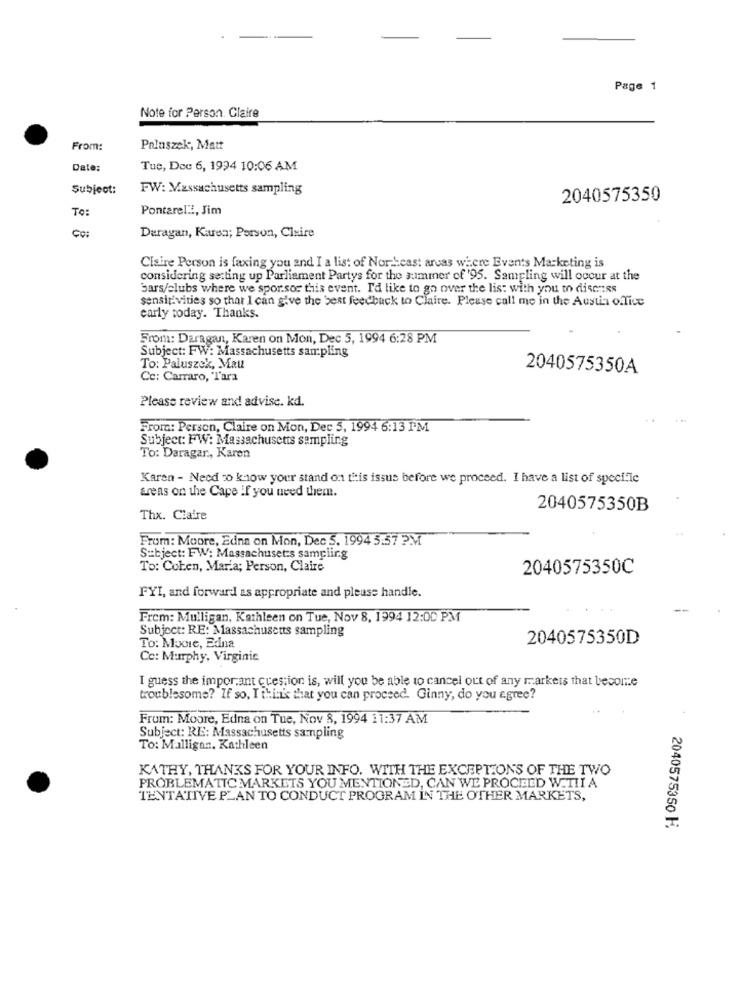
Page 1
Note for Person. Claire
From:
Paluszek, Matt
Date:
Tue, Dec 6, 1994 10:06 AM
Subject:
FW: Massachusetts sampling
2040575350
TO:
Pontarelli, Jim
Daragan, Karen; Person, Claire
Claire Person is faxing you and I a list of Nor- cast areas where Events Marketing is
considering setting up Parliament Partys for the summer of '95. Sampling will occur at the
bars/clubs where we spor.soc this event. I'd like to go over the lis: with you to discuss
sensitivities so that I can give the best feedback to Claire. Please call me in the Austin office
early today. Thanks.
From: Daragan, Karen on Mon, Dec 5, 1994 6:28 PM
Subject: FW: Massachusetts sampling
To: Paluszek, Mau
2040575350A
Ce: Carraro, "Tara
Please review and advise. kd.
From: Persen, Claire on Mon, Dec 5, 1994 6:13 PM
Subject: FW: Massachusetts sampling
To: Daragar ., Karen
Karen - Need to know your stand on this issus before we proceed. I have a list of speci.le
areas on the Cape If you need them.
2040575350B
Thx. Claire
From: Moore, Edna on Mon, Dec 5. 1994 5:57 PM
Subject: FW: Massachuset:s sampling
To: Coben, Maria; Person, Claire
2040575350C
FYI, and forward as appropriate and please handle.
Frem: Mulligan, Kathleen on Tue, Nov 8, 1994 12:00 PM
Subject: RE: Massachusetts sampling
2040575350D
To: Mooie, Edna
Ce: Murphy, Virginie
I guess the important cuestion is, will you be able to cancel out of any markets that become
troublesome? If so, I think that you can proceed. Ginny, do you agree?
From: Moore, Edna on Tue, Nov 8, 1994 11:37 AM
Subject: RE: Massachusetts sampling
To: Mulligan. Kathleen
KATHY, THANKS FOR YOUR INFO. WITH THE EXCEPTIONS OF THE TWO
PROBLEMATIC MARKETS YOU MENTIONED, CAN WE PROCEED W.TI! A
TENTATIVE PLAN TO CONDUCT PROGRAM IN THE OTHER MARKETS,
2040575350 H.